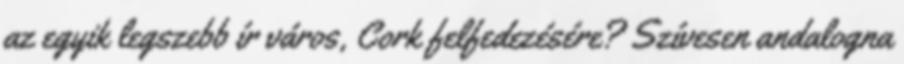
az egyik legszebb ír város, Cork felfedezésére? Szívesen andalogna